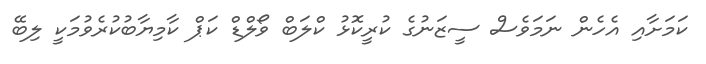
ކަމަށާއި އެހެން ނަމަވެސް ސީޒަނުގެ ކުރީކޮޅު ކްލަބް ވޯލްޑް ކަޕް ކާމިޔާބުކުރެވުމަކީ ލިބޭ